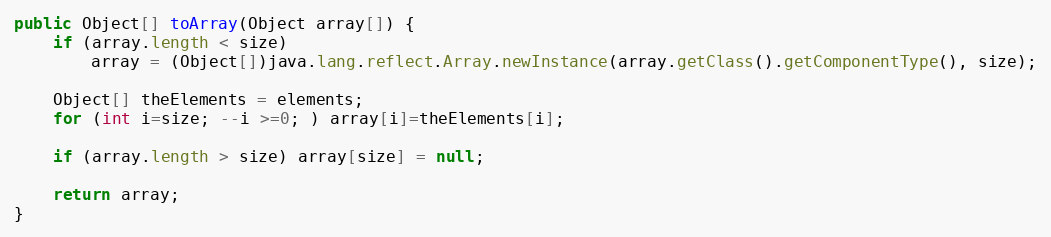
Language: Java
public Object[] toArray(Object array[]) {
	if (array.length < size)
		array = (Object[])java.lang.reflect.Array.newInstance(array.getClass().getComponentType(), size);

	Object[] theElements = elements;
	for (int i=size; --i >=0; ) array[i]=theElements[i];

	if (array.length > size) array[size] = null;

	return array;
}